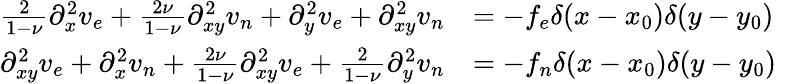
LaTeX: \begin{array}{rlr}{\frac{2}{1-\nu}\partial_{x}^{2}v_{e}+\frac{2\nu}{1-\nu}\partial_{xy}^{2}v_{n}+\partial_{y}^{2}v_{e}+\partial_{xy}^{2}v_{n}}&{=-f_{e}\delta(x-x_{0})\delta(y-y_{0})}&\\ {\partial_{xy}^{2}v_{e}+\partial_{x}^{2}v_{n}+\frac{2\nu}{1-\nu}\partial_{xy}^{2}v_{e}+\frac{2}{1-\nu}\partial_{y}^{2}v_{n}}&{=-f_{n}\delta(x-x_{0})\delta(y-y_{0})}&\end{array}